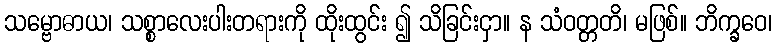
သမ္ဗောဓာယ၊ သစ္စာလေးပါးတရားကို ထိုးထွင်း ၍ သိခြင်းငှာ။ န သံဝတ္တတိ၊ မဖြစ်။ ဘိက္ခဝေ၊